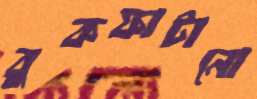
বুকফাটানো